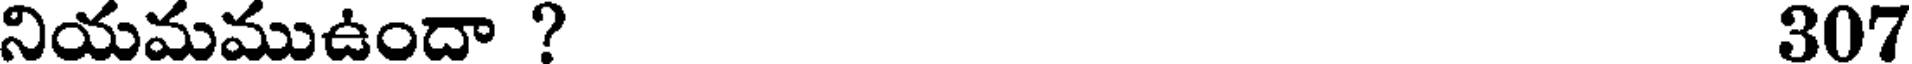
నియమముఉందా ? 307